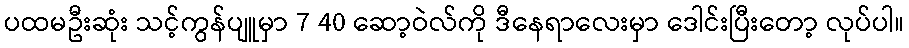
ပထမဦးဆုံး သင့်ကွန်ပျူမှာ 7 40 ဆော့ဝဲလ်ကို ဒီနေရာလေးမှာ ဒေါင်းပြီးတော့ လုပ်ပါ။